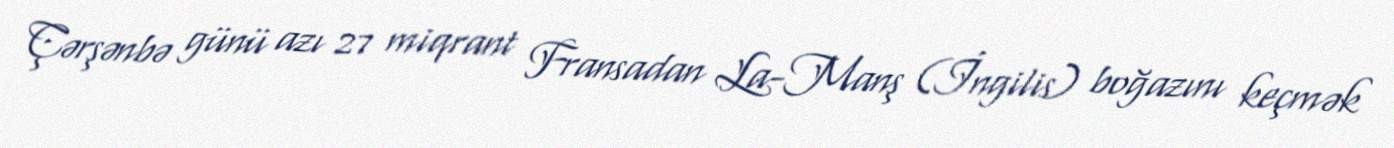
Çərşənbə günü azı 27 miqrant Fransadan La-Manş (İngilis) boğazını keçmək